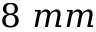
8 \ m m